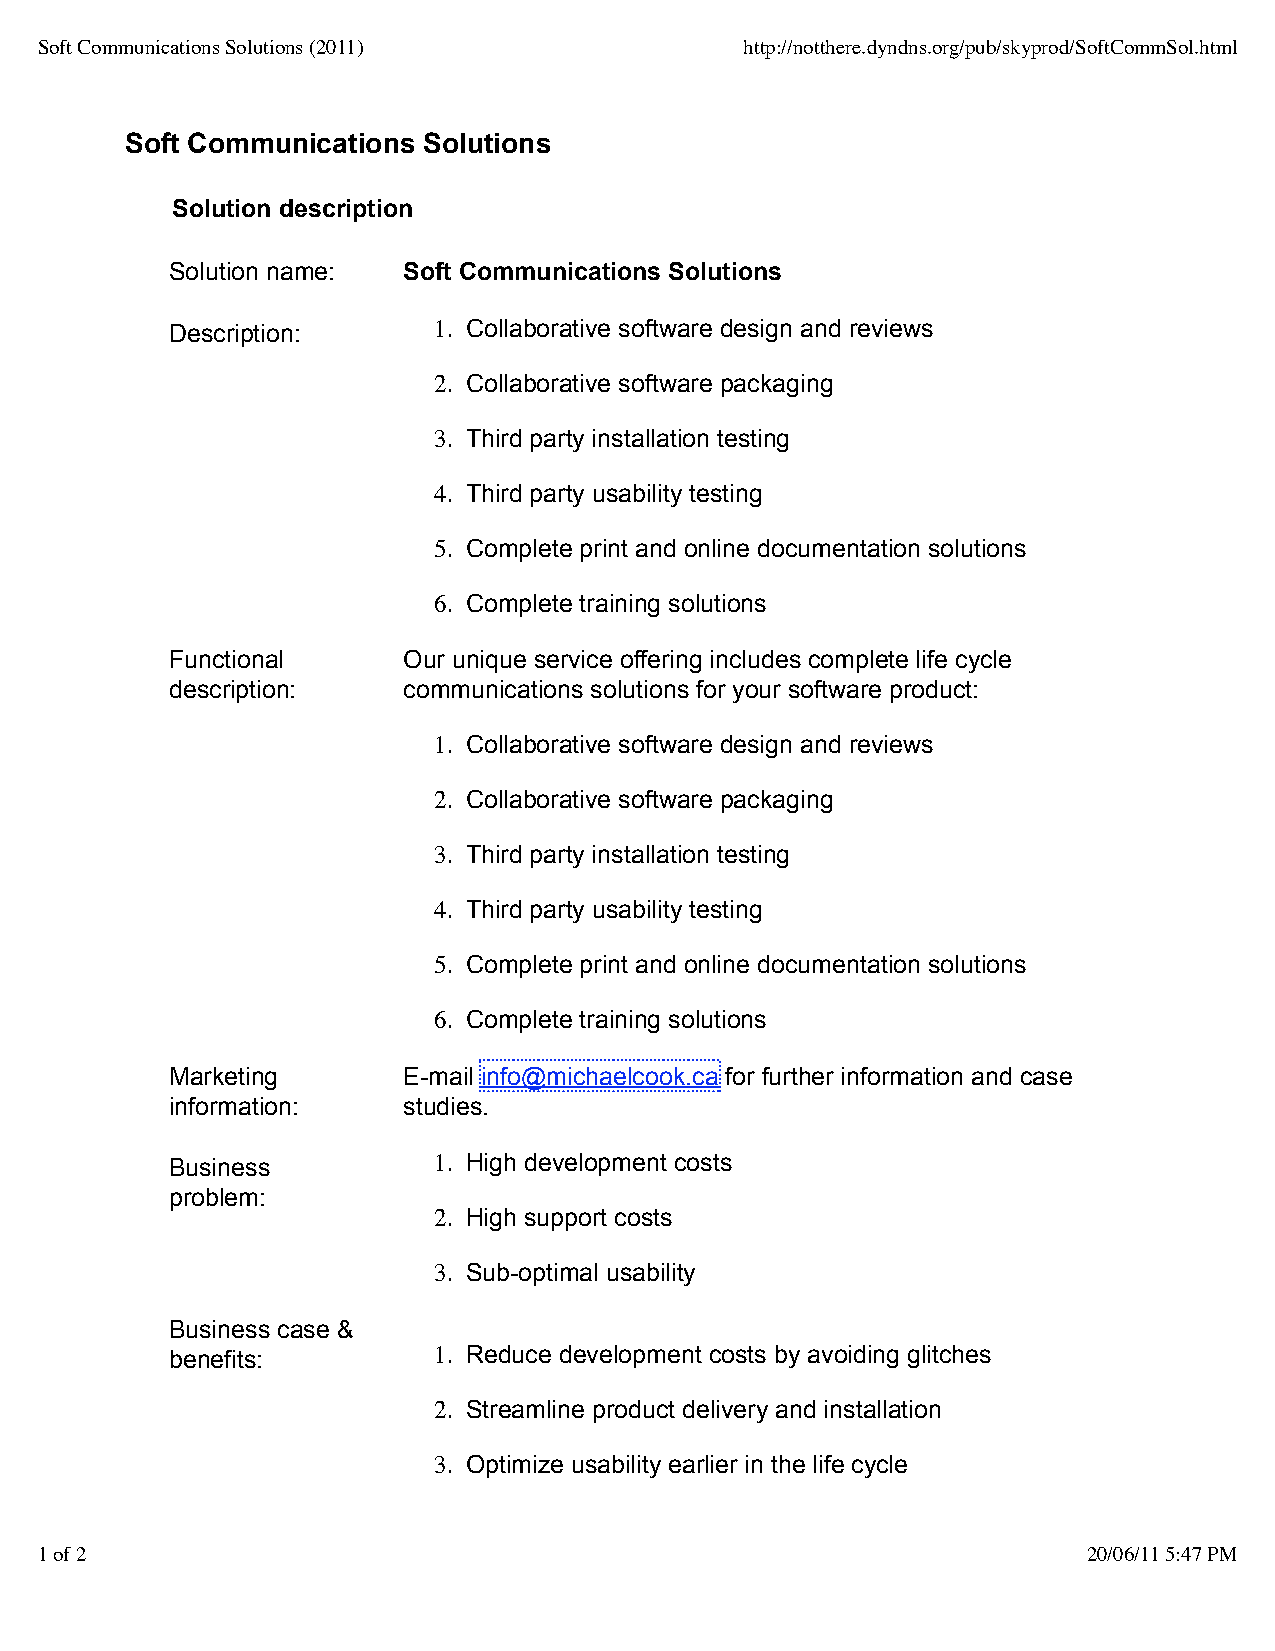
Soft Communications Solutions (2011)           http://notthere.dyndns.org/pub/skyprod/SoftCommSol.html
 Soft Communications Solutions
 Solution description
 Solution name:  Soft Communications Solutions
 Description:      1. Collaborative software design and reviews
 2. Collaborative software packaging
 3. Third party installation testing
 4. Third party usability testing
 5. Complete print and online documentation solutions
 6. Complete training solutions
 Functional      Our unique service offering includes complete life cycle
 description:    communications solutions for your software product:
 1. Collaborative software design and reviews
 2. Collaborative software packaging
 3. Third party installation testing
 4. Third party usability testing
 5. Complete print and online documentation solutions
 6. Complete training solutions
 Marketing       E-mail info@michaelcook.ca for further information and case
 information:    studies.
 Business          1. High development costs
 problem:
 2. High support costs
 3. Sub-optimal usability
 Business case &
 benefits:         1. Reduce development costs by avoiding glitches
 2. Streamline product delivery and installation
 3. Optimize usability earlier in the life cycle
 1 of 2                                                                20/06/11 5:47 PM